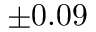
\pm 0 . 0 9